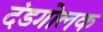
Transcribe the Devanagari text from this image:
दंडगोलक